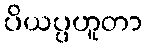
ပိယပ္ပဟူတာ